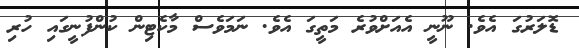
ޑޮލަރުގަ އެވެ. ނޫނީ އެއަށްވުރެ މަތީގަ އެވެ. ނަމަވެސް މާކެޓިން ކުންފުނީގައި ހުރި